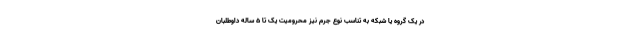
در یک گروه یا شبکه به تناسب نوع جرم نیز محرومیت یک تا ۵ ساله داوطلبان